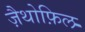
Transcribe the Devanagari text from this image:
ज़ैथोफ़िल